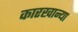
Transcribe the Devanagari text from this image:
कारखान्या